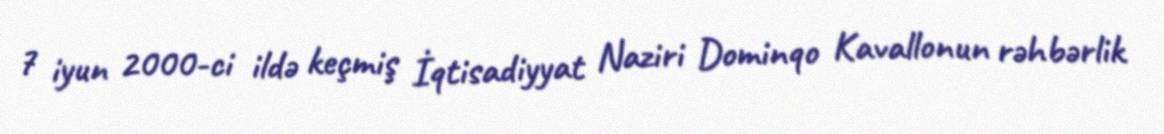
7 iyun 2000-ci ildə keçmiş İqtisadiyyat Naziri Dominqo Kavallonun rəhbərlik